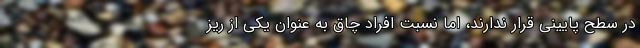
در سطح پایینی قرار ندارند، اما نسبت افراد چاق به عنوان یکی از ریز